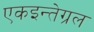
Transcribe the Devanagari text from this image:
एकइन्तेग्रल